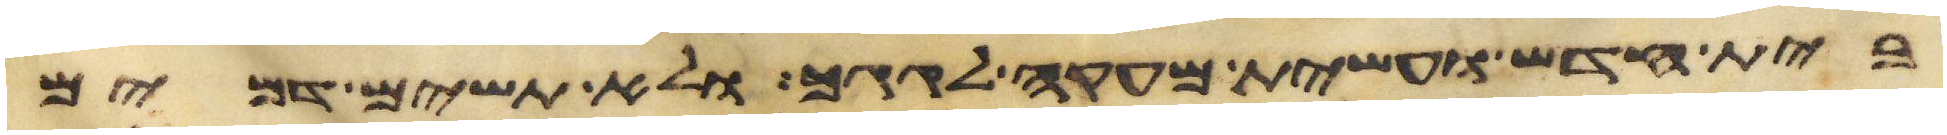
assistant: בית חדש ועשית מעקה לגגך ולא תשים דמים